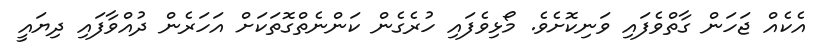
އެކެއް ޖަހަން ގާތްވެފައި ވަނިކޮށެވެ. މޯޅިވެފައި ހުރެގެން ކަންނެތްގޮތަކަށް އަހަރެން ދުއްވާފައި ދިޔައީ